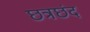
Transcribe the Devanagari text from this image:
छत्रछंद